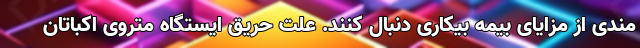
مندی از مزایای بیمه بیکاری دنبال کنند. علت حریق ایستگاه متروی اکباتان